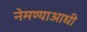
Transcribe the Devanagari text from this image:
नेमण्याआधी